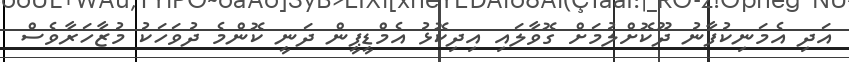
އަދި އެމަނިކުފާނު ދޫކޮށްލުމަށް ގޮވާލައި އިދިކޮޅު އެމްޑީޕީން ދަނީ ކޮންމެ ދުވަހަކު މުޒާހަރާވެސް